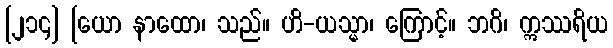
[၂၁၄] [ယော နာထော၊ သည်။ ဟိ-ယသ္မာ၊ ကြောင့်။ ဘဂိ၊ ဣဿရိယ